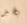
بخير